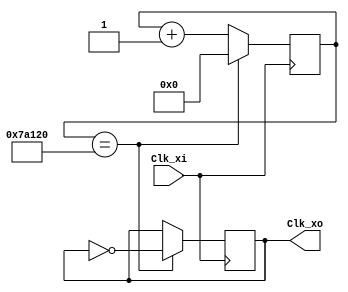
`timescale 1ns / 1ps
//////////////////////////////////////////////////////////////////////////////////
// Company: 
// Engineer: 
// 
// Design Name: 
// Module Name:    Clk_100Hz 
// Project Name: 
// Target Devices: 
// Tool versions: 
// Description: 
//
// Dependencies: 
//
// Revision: 
// Revision 0.01 - File Created
// Additional Comments: 
//
//////////////////////////////////////////////////////////////////////////////////
module CLK_100Hz(
  Clk_xi,
  Clk_xo
  );

  input Clk_xi;
  output reg Clk_xo;
  parameter N = 500000;
  reg [31:0] Counter;

  always @(posedge Clk_xi) begin
    if (Counter == N) begin
      Counter <= 32'b0;
      Clk_xo <= ~Clk_xo;
    end else begin
      Counter <= Counter + 1;
    end
  end

endmodule